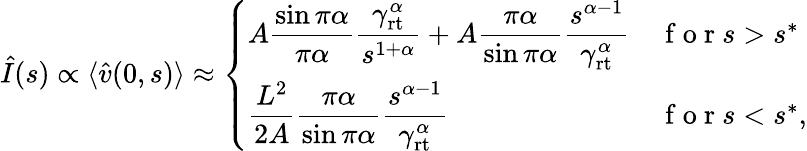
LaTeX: \begin{array}{r}{\hat{I}(s)\propto\langle\hat{v}(0,s)\rangle\approx\left\{ \begin{array}{ll}{\displaystyle A\frac{\sin\pi\alpha}{\pi\alpha}\frac{\gamma_{\mathrm{rt}}^{\alpha}}{s^{1+\alpha}}+A\frac{\pi\alpha}{\sin\pi\alpha}\frac{s^{\alpha-1}}{\gamma_{\mathrm{rt}}^{\alpha}}}&{\mathrm{~f~o~r~}s>s^{*}}\\ {\displaystyle\frac{L^{2}}{2A}\frac{\pi\alpha}{\sin\pi\alpha}\frac{s^{\alpha-1}}{\gamma_{\mathrm{rt}}^{\alpha}}}&{\mathrm{~f~o~r~}s<s^{*},}\end{array}\right.}\end{array}